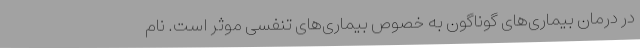
در درمان بیماری‌های گوناگون به خصوص بیماری‌های تنفسی موثر است. نام